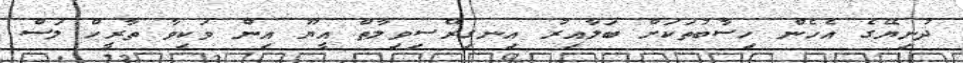
ދުނިޔޭގެ އެހެން ހިސާބުތަކަށް ބަލާއިރު އިނގިރޭސިވިލާތް އީޔޫ އިން ވަކިވާ ތާރީހް ލަސް